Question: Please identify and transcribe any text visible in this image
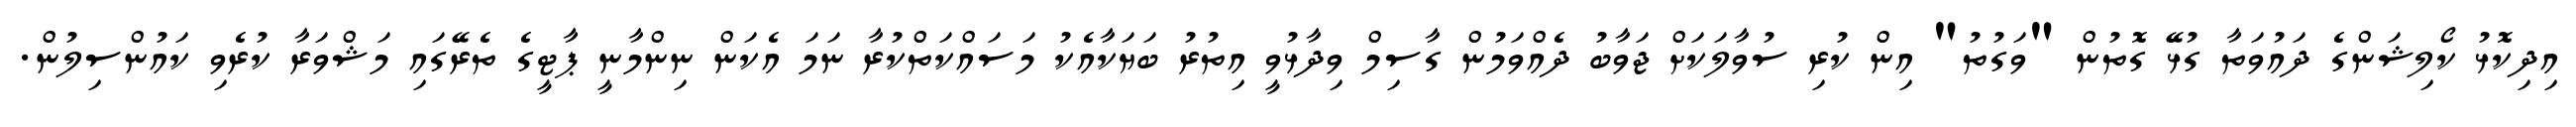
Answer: އިދިކޮޅު ކޯލިޝަންގެ ދައުވަތާ ގުޅޭ ގޮތުން "ވަގުތު" އިން ކުރި ސުވާލަކަށް ޖަވާބު ދެއްވަމުން ގާސިމް ވިދާޅުވީ އިތުރު ބަޔަކާއެކު މަސައްކަތްކުރާ ނަމަ އެކަން ނިންމާނީ ޕާޓީގެ ތެރޭގައި މަޝްވަރާ ކުރެވި ކައުންސިލުން.